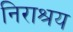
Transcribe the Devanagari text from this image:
निराश्रय